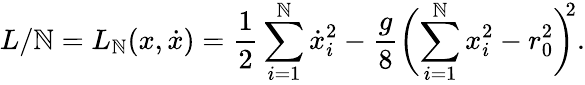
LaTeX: L/\mathbb{N}=L_{\mathbb{N}}(x,\dot{{x}})=\frac{{1}}{{2}}\sum_{i=1}^{\mathbb{N}}\dot{{x}}_{i}^{2}-\frac{{g}}{{8}}\biggl(\sum_{i=1}^{\mathbb{N}}x_{i}^{2}-r_{0}^{2}\biggr)^{\! \! 2}.